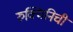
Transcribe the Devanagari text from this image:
रुक्मिनिची